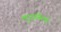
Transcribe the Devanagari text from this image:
लुटलेला